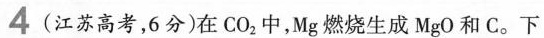
4(江苏高考，6分)在CO_{2}中，Mg燃烧生成MgO和C。下